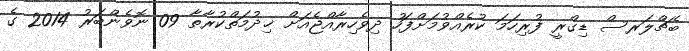
ބެޗްލަރސް ޑިގްރީ ފުރިހަމަ ކުރެއްވުމަށްފަހު ދިވެހިރާއްޖެއަށް ޚިދުމަތްކުރާތާ 09 ނޮވެންބަރު 2014 ގެ